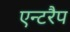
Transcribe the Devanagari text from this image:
एन्टरैप